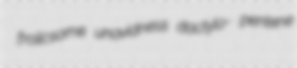
frolicsome unavidness dactylo- pentene